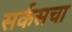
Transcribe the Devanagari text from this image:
सर्कसचा